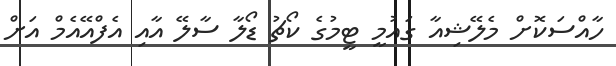
ހާއްސަކޮށް މެލޭޝިއާ ގަައުމީ ޓީމުގެ ކޯޗު ޑޯލާ ސާލޭ އާއި އެފްއޭއެމް އަށް